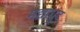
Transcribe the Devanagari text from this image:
मद्याधुंद